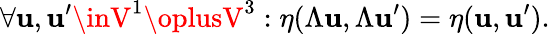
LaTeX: \forall\mathbf{u},\mathbf{u}^{\prime}\inV^{1}\oplusV^{3}:\eta(\Lambda\mathbf{u},\Lambda\mathbf{u}^{\prime})=\eta(\mathbf{u},\mathbf{u}^{\prime}).